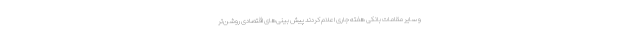
و سایر مقامات بانکی هفته جاری اعلام کردند پیش بینی‌های اقتصادی روشن‌تر